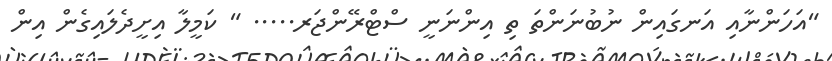
"އަހަންނާއި އަނގައިން ނުބުނަންތަ ތި އިންނަނީ ސްޓްރޭންޖަރ..... " ކަމީލާ އިށީދެލައިގެން އިން